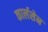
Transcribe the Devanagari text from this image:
कार्लसेन